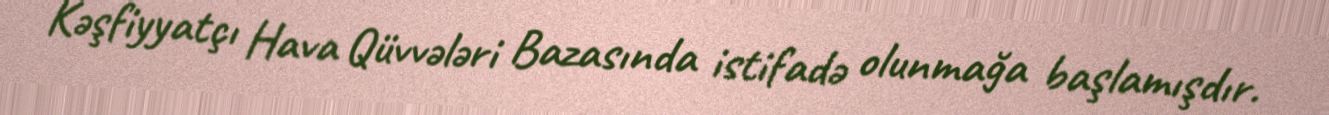
Kəşfiyyatçı Hava Qüvvələri Bazasında istifadə olunmağa başlamışdır.